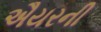
ઐયરની